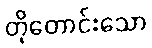
တိုတောင်းသော